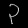
Digit: ၃